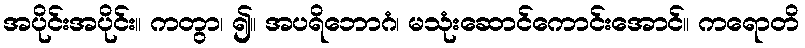
အပိုင်းအပိုင်း။ ကတွာ၊ ၍။ အပရိဘောဂံ၊ မသုံးဆောင်ကောင်းအောင်။ ကရောတိ